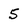
Character: 5